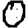
Digit: 0